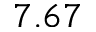
7 . 6 7